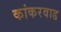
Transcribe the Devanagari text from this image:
कांकरवाड